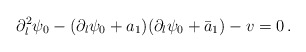
\begin{align*}\partial_l^2\psi_0-(\partial_l\psi_0+a_1)(\partial_l\psi_0+\bar{a}_1)-v=0\,.\end{align*}